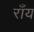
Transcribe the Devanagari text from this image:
राँय